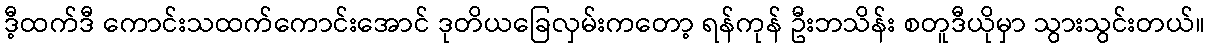
ဒီ့ထက်ဒီ ကောင်းသထက်ကောင်းအောင် ဒုတိယခြေလှမ်းကတော့ ရန်ကုန် ဦးဘသိန်း စတူဒီယိုမှာ သွားသွင်းတယ်။